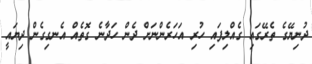
ދުނިޔޭގެ ތެރޭގައި ގެއްލިފައި ހުރި އަހަރެންނަށް ދެން ހަދާނެ ގޮތެއް އެނގިގެން ދިޔައީ